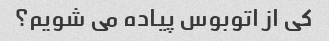
کی از اتوبوس پیاده می شویم؟